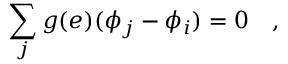
\sum _ { j } g ( e ) ( \phi _ { j } - \phi _ { i } ) = 0 \quad ,